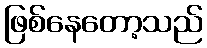
ဖြစ်နေတော့သည်